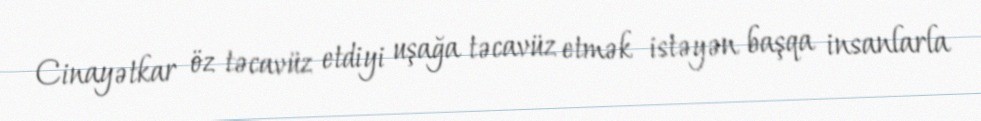
Cinayətkar öz təcavüz etdiyi uşağa təcavüz etmək istəyən başqa insanlarla